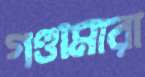
গণ্ডামারা